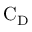
\mathrm { C _ { D } }